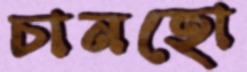
চানহো